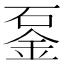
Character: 𨥴